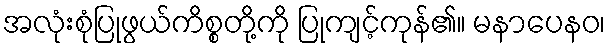
အလုံးစုံပြုဖွယ်ကိစ္စတို့ကို ပြုကျင့်ကုန်၏။ မနာပေနဝ၊